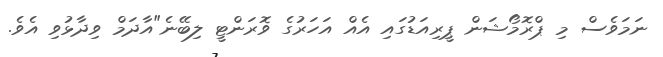
ނަމަވެސް މި ޕްރޮމޯޝަން ޕީރިއަޑުގައި އެއް އަހަރުގެ ވޮރަންޓީ ލިބޭނެ"އާދަމް ވިދާޅުވި އެވެ.